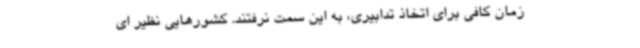
زمان کافی برای اتخاذ تدابیری، به این سمت نرفتند. کشورهایی نظیر ای